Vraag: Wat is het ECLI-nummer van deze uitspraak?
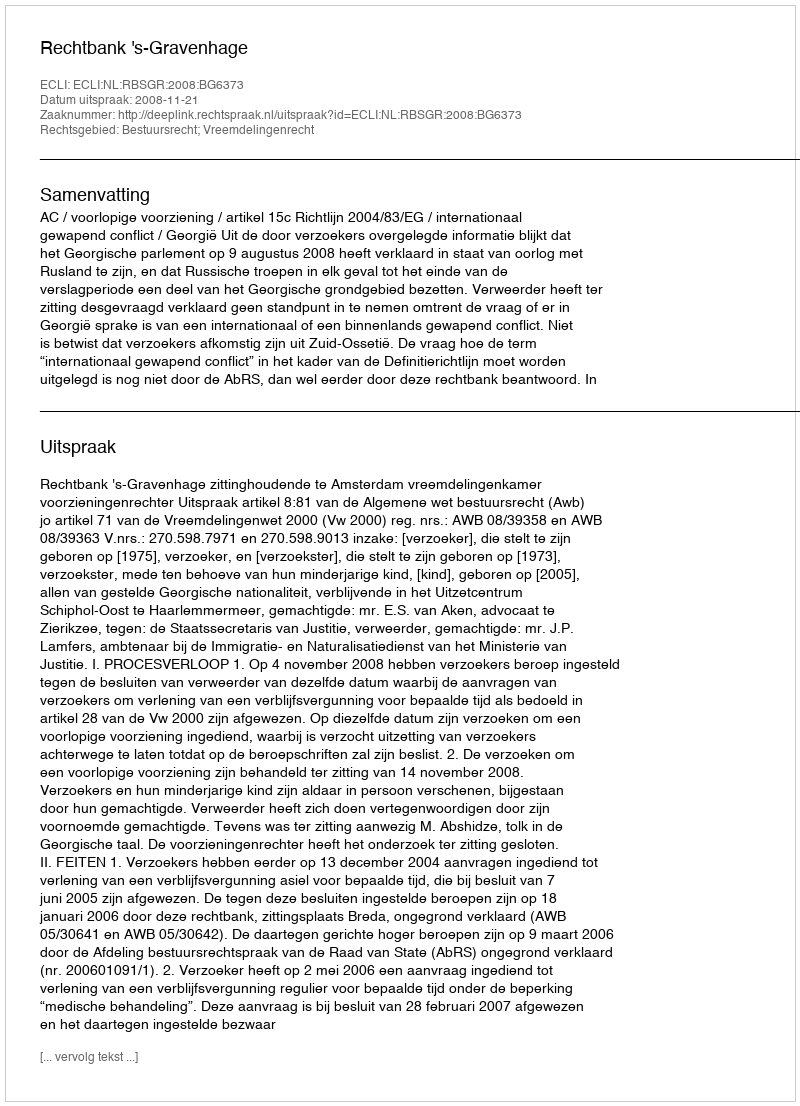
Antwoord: ECLI:NL:RBSGR:2008:BG6373